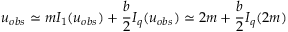
u _ { o b s } \simeq m I _ { 1 } ( u _ { o b s } ) + \frac { b } { 2 } I _ { q } ( u _ { o b s } ) \simeq 2 m + \frac { b } { 2 } I _ { q } ( 2 m )